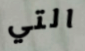
التي